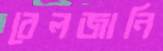
বেলজানি